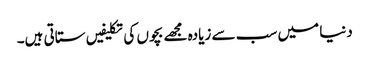
دنیا میں سب سے زیادہ مجھے بچوں کی تکلیفیں ستاتی ہیں۔